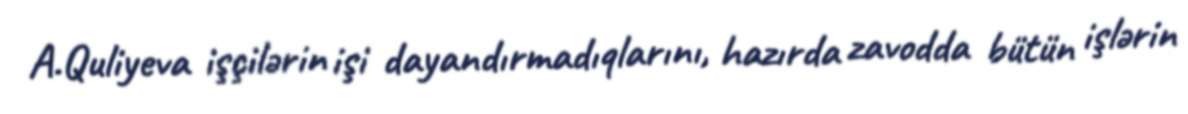
A.Quliyeva işçilərin işi dayandırmadıqlarını, hazırda zavodda bütün işlərin